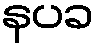
နပခ